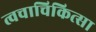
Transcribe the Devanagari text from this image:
त्वचाचिकित्सा